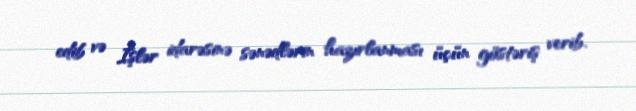
edib və İşlər idarəsinə sənədlərin hazırlanması üçün göstəriş verib.